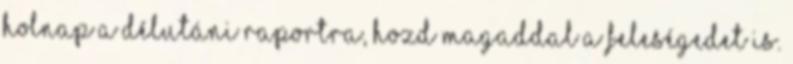
holnap a délutáni raportra, hozd magaddal a feleségedet is.